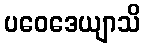
ပဝေဒေယျာသိ